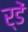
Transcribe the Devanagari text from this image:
र्डें